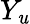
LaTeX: Y_{\mathit{u}}